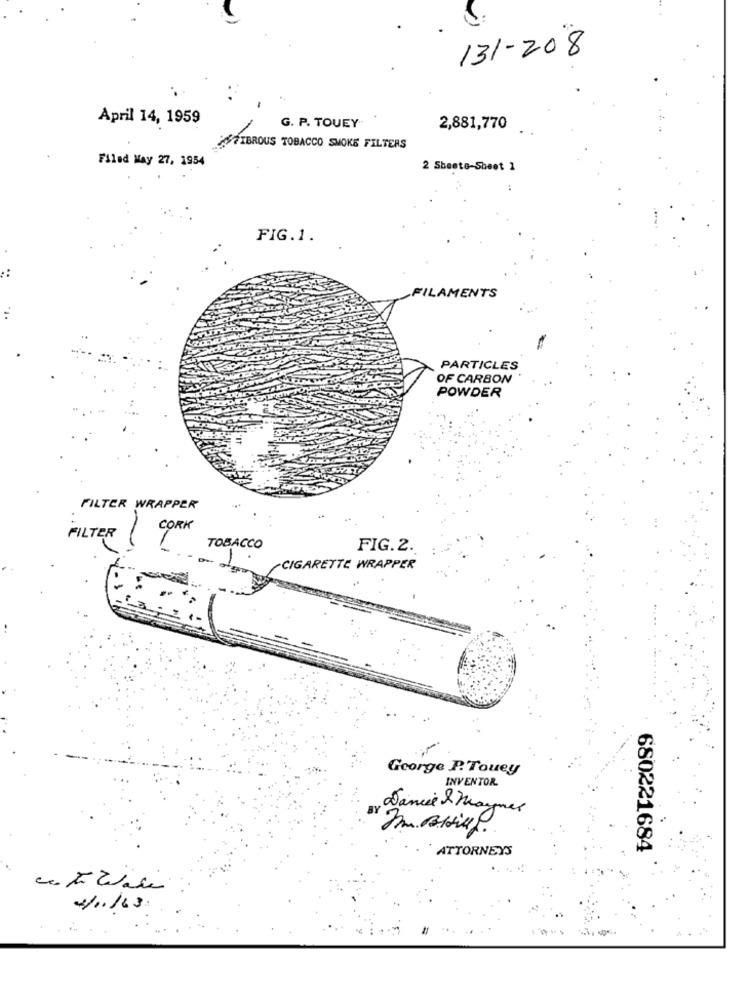
131-208
April 14, 1959
G. P. TOUEY
2,881,770
FIBROUS TOBACCO SMOKE FILTERS
Filed May 27, 1954
2 Sheete-Sheet 1
FIG.1.
FILAMENTS
PARTICLES
OF CARBON
POWDER
FILTER WRAPPER
FILTER ( TOBACCO
FIG.2.
CIGARETTE WRAPPER
George P. Touey
INVENTOR
Dance & Maynes
ATTORNEYS
680221684
cento wane
4/11/63.